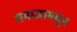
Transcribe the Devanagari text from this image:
समाजामधून